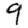
Digit: 9